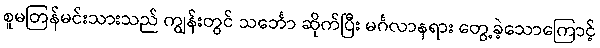
စူမတြန်မင်းသားသည် ကျွန်းတွင် သင်္ဘော ဆိုက်ပြီး မင်္ဂလာနရား တွေ့ခဲ့သောကြောင့်